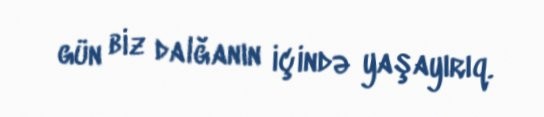
gün biz dalğanın içində yaşayırıq.